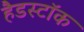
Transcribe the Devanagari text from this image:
हैडस्टॉक